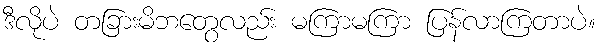
ဒီလိုပဲ တခြားမိဘတွေလည်း မကြာမကြာ ပြန်လာကြတာပဲ။